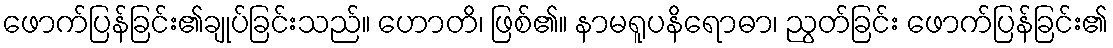
ဖောက်ပြန်ခြင်း၏ချုပ်ခြင်းသည်။ ဟောတိ၊ ဖြစ်၏။ နာမရူပနိရောဓာ၊ ညွတ်ခြင်း ဖောက်ပြန်ခြင်း၏